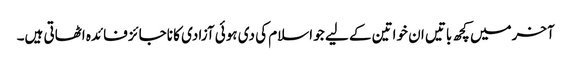
آخرمیں کچھ باتیں ان خواتین کے لیے جو اسلام کی دی ہوئی آزادی کا ناجائز فائدہ اٹھاتی ہیں۔